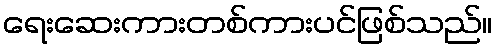
ရေးဆေးကားတစ်ကားပင်ဖြစ်သည်။